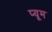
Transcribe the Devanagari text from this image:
प्यूम